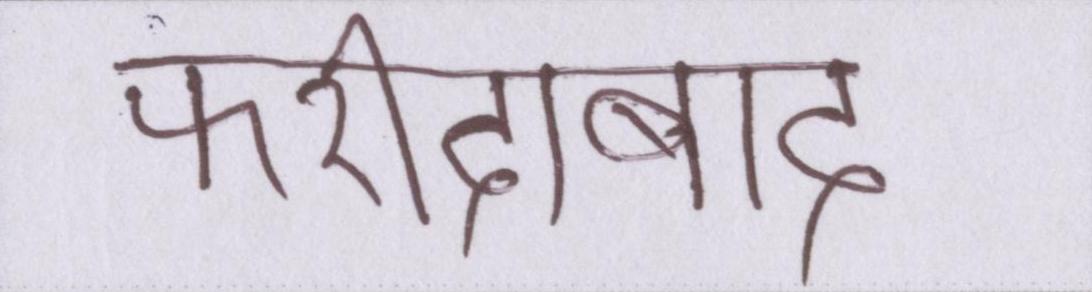
फरीदाबाद